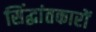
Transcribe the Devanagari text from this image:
सिंद्धांतकारों